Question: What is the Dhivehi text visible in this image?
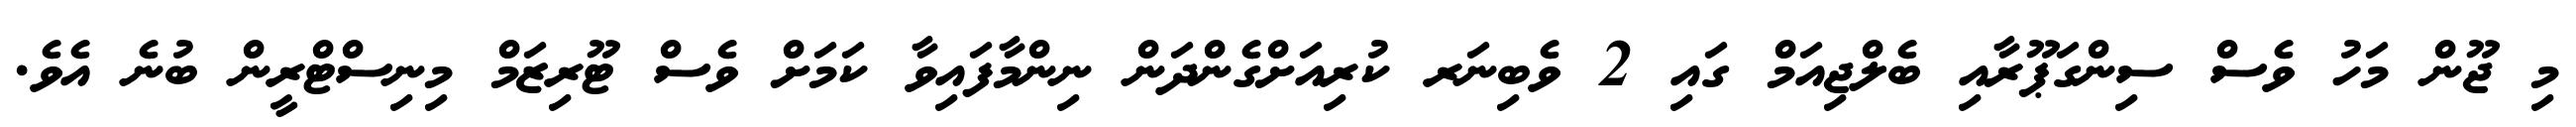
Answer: މި ޖޫން މަހު ވެސް ސިންގަޕޫރާއި ބެލްޖިއަމް ގައި 2 ވެބިނަރ ކުރިއަށްގެންދަން ނިންމާފައިވާ ކަމަށް ވެސް ޓޫރިޒަމް މިނިސްޓްރީން ބުނެ އެވެ.